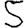
Digit: 5